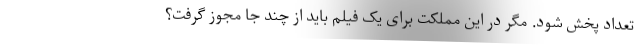
تعداد پخش شود. مگر در این مملکت برای یک فیلم باید از چند جا مجوز گرفت؟